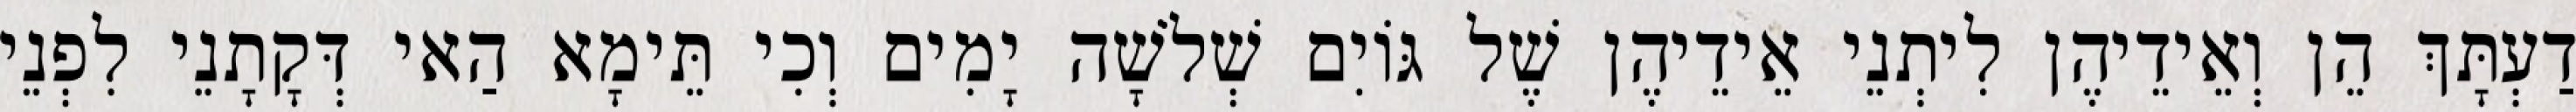
דַעְתָּךְ הֵן וְאֵידֵיהֶן לִיתְנֵי אֵידֵיהֶן שֶׁל גּוֹיִם שְׁלֹשָׁה יָמִים וְכִי תֵּימָא הַאי דְּקָתָנֵי לִפְנֵי